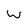
Character: w